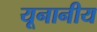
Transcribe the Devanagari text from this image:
यूनानीय